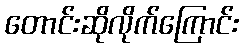
တောင်းဆိုလိုက်ကြောင်း